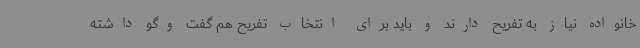
خانواده نیاز به تفریح دارند و باید برای انتخاب تفریح هم گفت وگو داشته